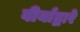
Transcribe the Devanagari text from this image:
वीर्याद्वारे